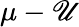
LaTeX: \mu-\mathscr{U}